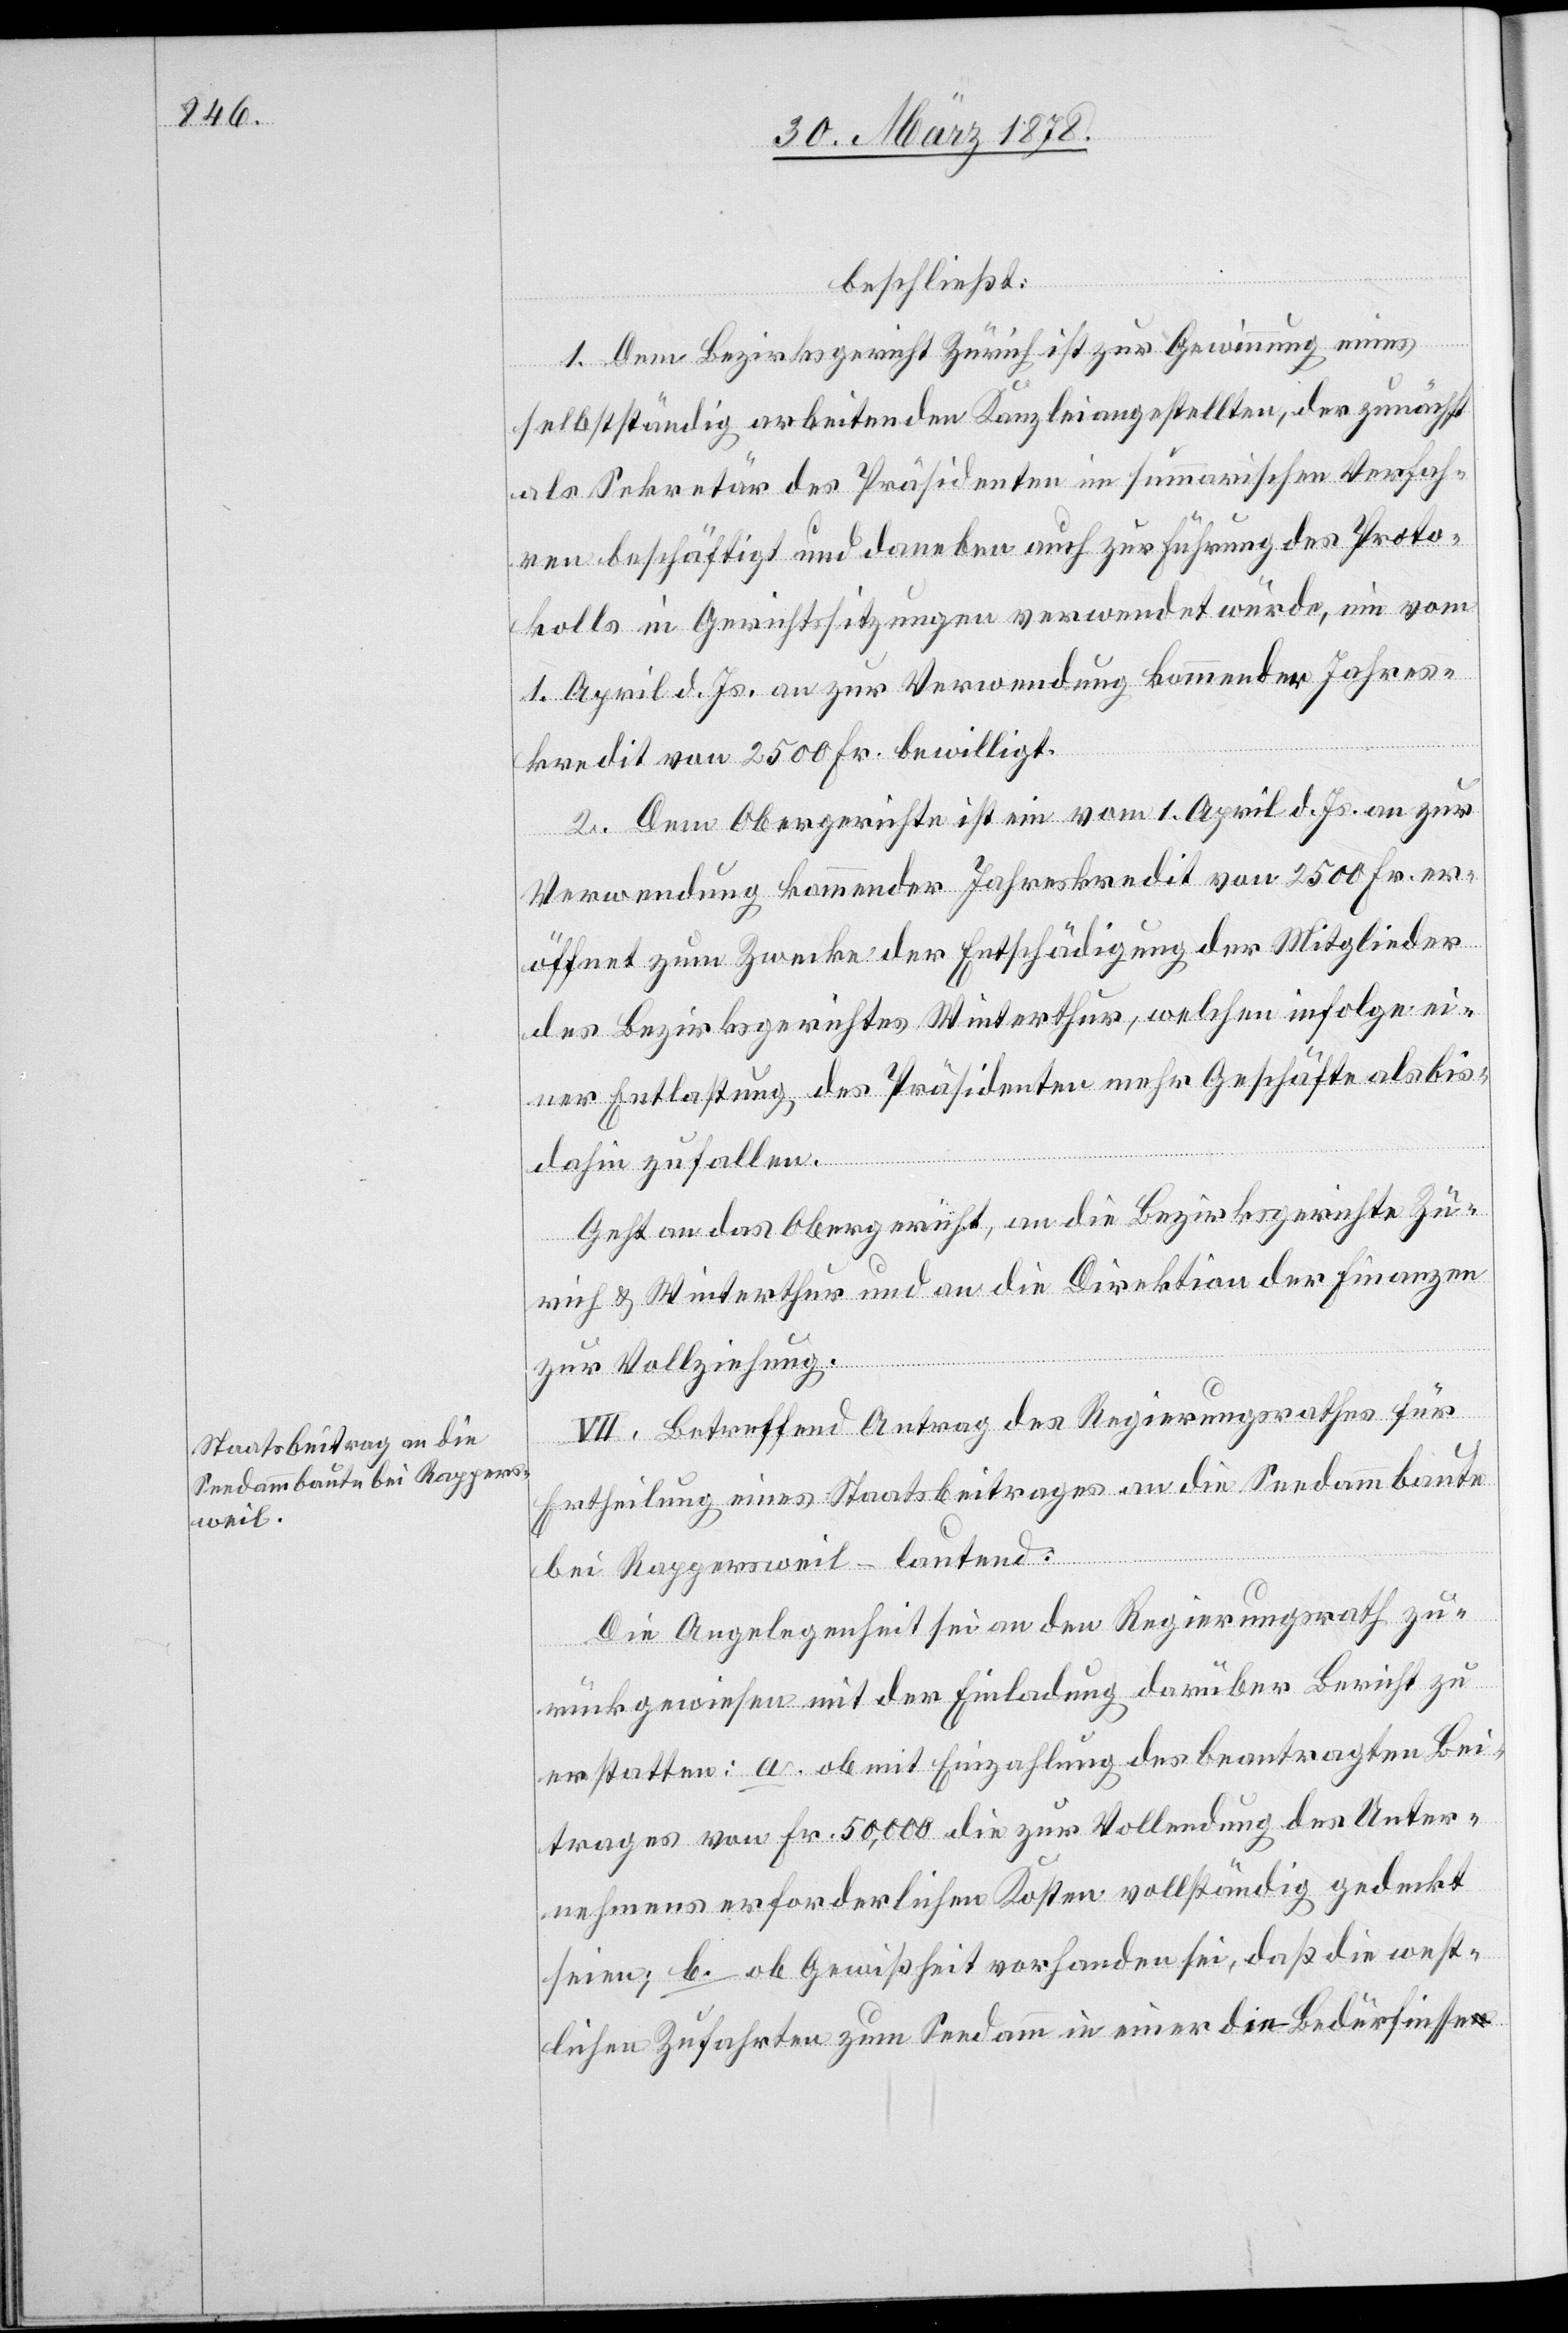
beschließt:
1. Dem Bezirksgericht Zürich ist zur Gewinnung eines
selbständig arbeitenden Kanzleiangestellten, der zunächst
als Sekretär des Präsidenten im summarischen Verfah¬
ren beschäftigt und daneben auch zur Führung des Proto¬
kolls in Gerichtssitzungen verwendet würde, ein vom
1. April d. Js. an zur Verwendung kommender Jahres¬
kredit von 2500 Fr. bewilligt.
2. Dem Obergerichte ist ein vom 1. April d. Js. an zur
Verwendung kommender Jahreskredit von 2500 Fr. er¬
öffnet zum Zwecke der Entschädigung der Mitglieder
des Bezirksgerichtes Winterthur, welchen infolge ei¬
ner Entlassung des Präsidenten mehr Geschäfte als bis¬
her zufallen.
Geht an das Obergericht, an die Bezirksgerichte Zü¬
rich & Winterthur und an die Direktion der Finanzen
zur Vollziehung.
VII. Betreffend Antrag des Regierungsrathes für
Ertheilung eines Staatsbeitrages an die Seedammbaute
bei Rappersweil – lautend:
Die Angelegenheit sei an den Regierungsrath zu¬
rückgewiesen mit der Einladung darüber Bericht zu
erstatten: a. ob mit Einzahlung des beantragten Bei¬
trages von Fr. 50,000 die zur Vollendung des Unter¬
nehmens erforderlichen Kosten vollständig gedeckt
seien; b. ob Gewissheit vorhanden sei, daß die west¬
lichen Zufahrten zum Seedamm in einer die Bedürfnisse